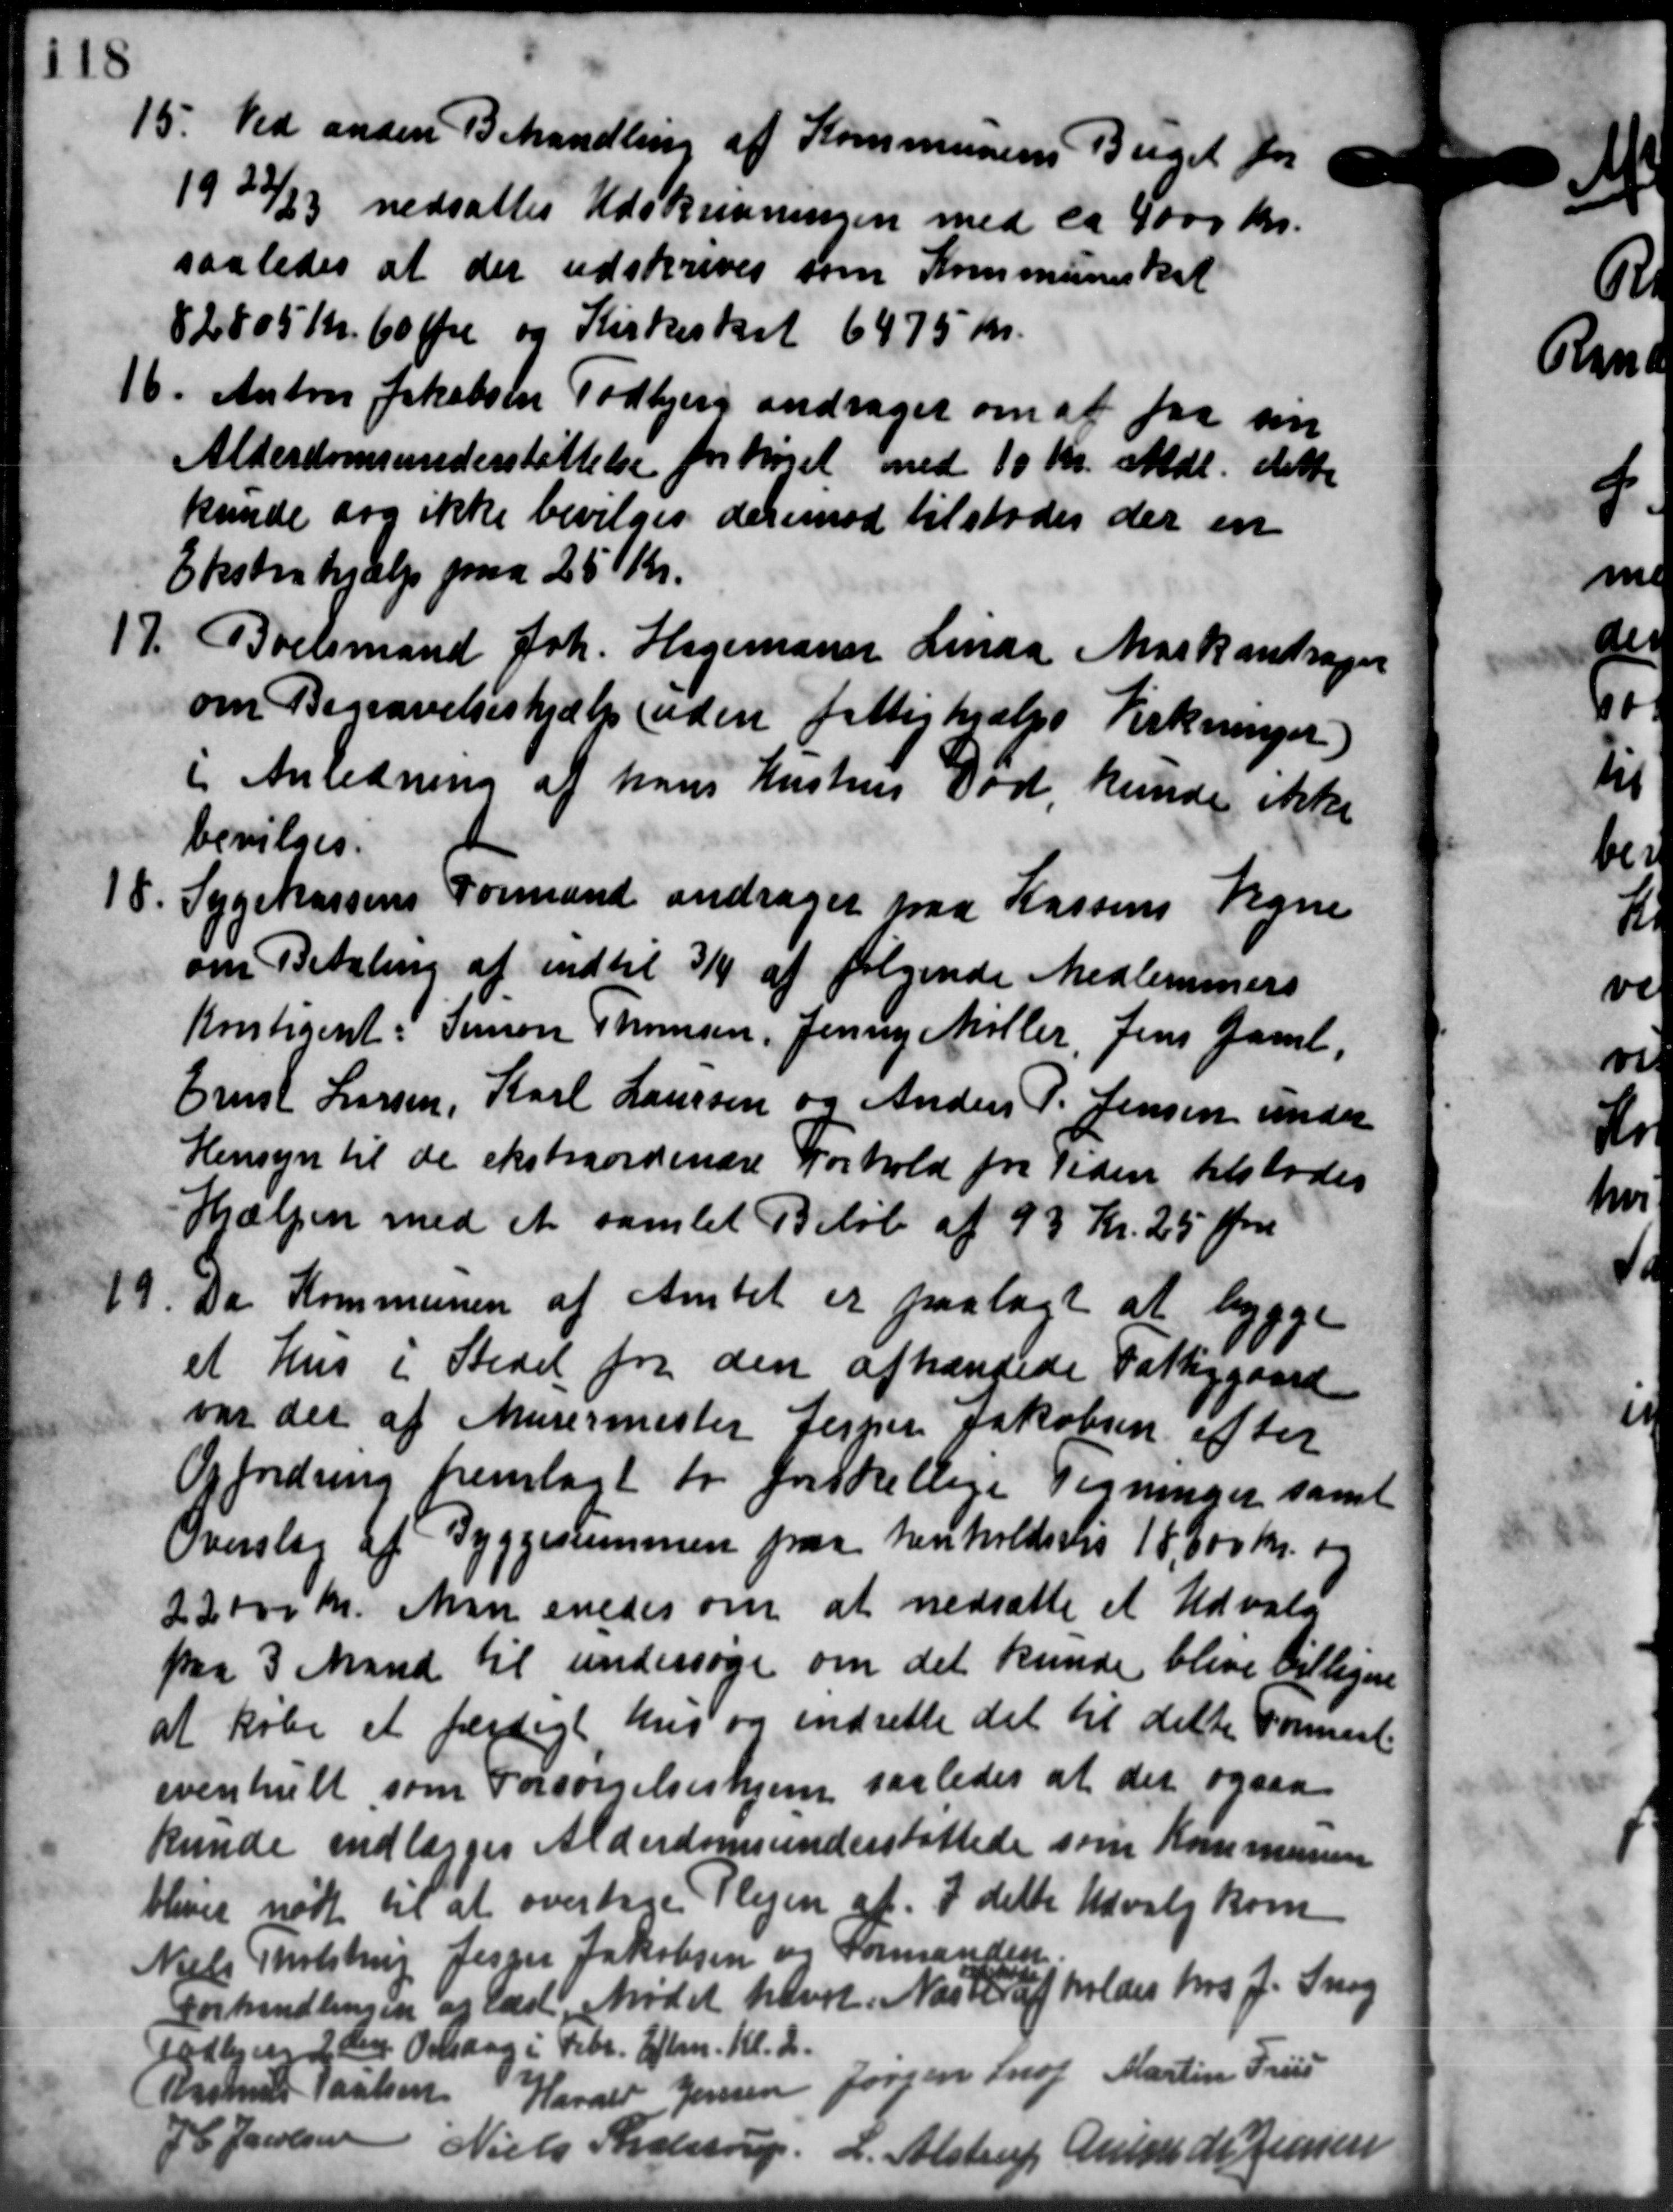
Transskription:
15. Ved anden Behandling af Kommunens Buget for
15. Ved anden Behandling af Kommunens Buget for
1922/23 nedsattes Udskrivningen med ca 4000 Kr.
saaledes at der udskrives som Kommuneskat
82805 Kr. 60 Øre og Kirkeskat 6475 Kr.
16. Anton Jakobsen Todbjerg andrager om at faa sin
16. Anton Jakobsen Todbjerg andrager om at faa sin
Alderdomsunderstøttelse forhøjet med 10 Kr. mdl. dette
kunde dog ikke bevilges derimod tilstodes der en
Ekstrahjælp paa 25 Kr.
17. Boelsmand Joh. Hagemann Linaa Mark andrager
17. Boelsmand Joh. Hagemann Linaa Mark andrager
om Begravelseshjælp (uden fattighjælps Virkninger)
i Anledning af hans Hustrus Død, kunde ikke
bevilges.
18.
Sygekassens Formand andrager paa Kassens Vegne
om Betaling af indtil 3/4 af følgende Medlemmers
Kontigent. Simon Thomsen, Jenny Møller, Jens Gaml
Ernst Larsen, Karl Laursen og Anders P. Jensen under
Hensyn til de ekstraordinære Forhold for Tiden tilstodes
Hjælpen med et samlet Beløb af 93 Kr. 25 Øre
19
Da Kommunen af Amtet er paalagt at bygge
et hus i Stedet for den afhændede Fattiggaard
var det af Murermester Jesper Jakobsen efter
Opfordring fremlagt to forskellige Tegninger samt
Overslag af Byggeslemmen paa henholdsvis 18.500 Kr. og
22.000 Kr. Man enedes om at nedsætte et Udvalg
paa 3 Mand til undersøge om det kunde blive billigere
at købe et færdigt hus og indrette det til dette Formaal
eventuelt som Forsørgelseshjem saaledes at det ogsaa
kunde indlægges Alderdomsunderstøttede som Kommunen
bliver nødt til at overtage Plejen af. I dette Udvalg kom
Niels Tholstrup Jesper Jakobsen og Formanden
Forhandlingen og læst. Mødet hævet. Næste afholdes hos J. Snog

Todbjerg 2 den Onsdag i Febr. Eftm. Kl. 2.
Rasmus Poulsen Harald Jensen Jørgen Snog Martin Friis
P Jacobsen
Niels Krolstrup, L. Alstrup Auss de Jensen